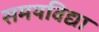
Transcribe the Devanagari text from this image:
समयविद्या